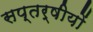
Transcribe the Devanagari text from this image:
सप्तर्षीयों